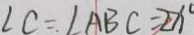
\angle C = . \angle A B C = 2 x ^ { \circ }